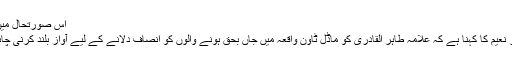
اس صورتحال میں ...
کنور نعیم کا کہنا ہے کہ علامہ طاہر القادری کو ماڈل ٹاون واقعہ میں جاں بحق ہونے والوں کو انصاف دلانے کے لیے آواز بلند کرنی چاہیے۔